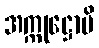
အက္ကုဋ္ဌောပိ